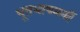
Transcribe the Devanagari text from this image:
भूतभाषमयीं